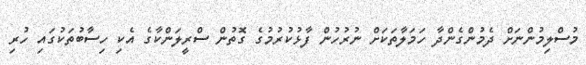
މުސްލިމުންނަށް ދެމުންގެންދާ ހަމަލާތަކަށް ނުރުހުން ފާޅުކުރުމުގެ ގޮތުން ސްރީލަންކާގެ އެކި ހިސާބުތަކުގައި ހުރި